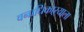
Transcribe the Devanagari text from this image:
वनाधिकाऱ्याला